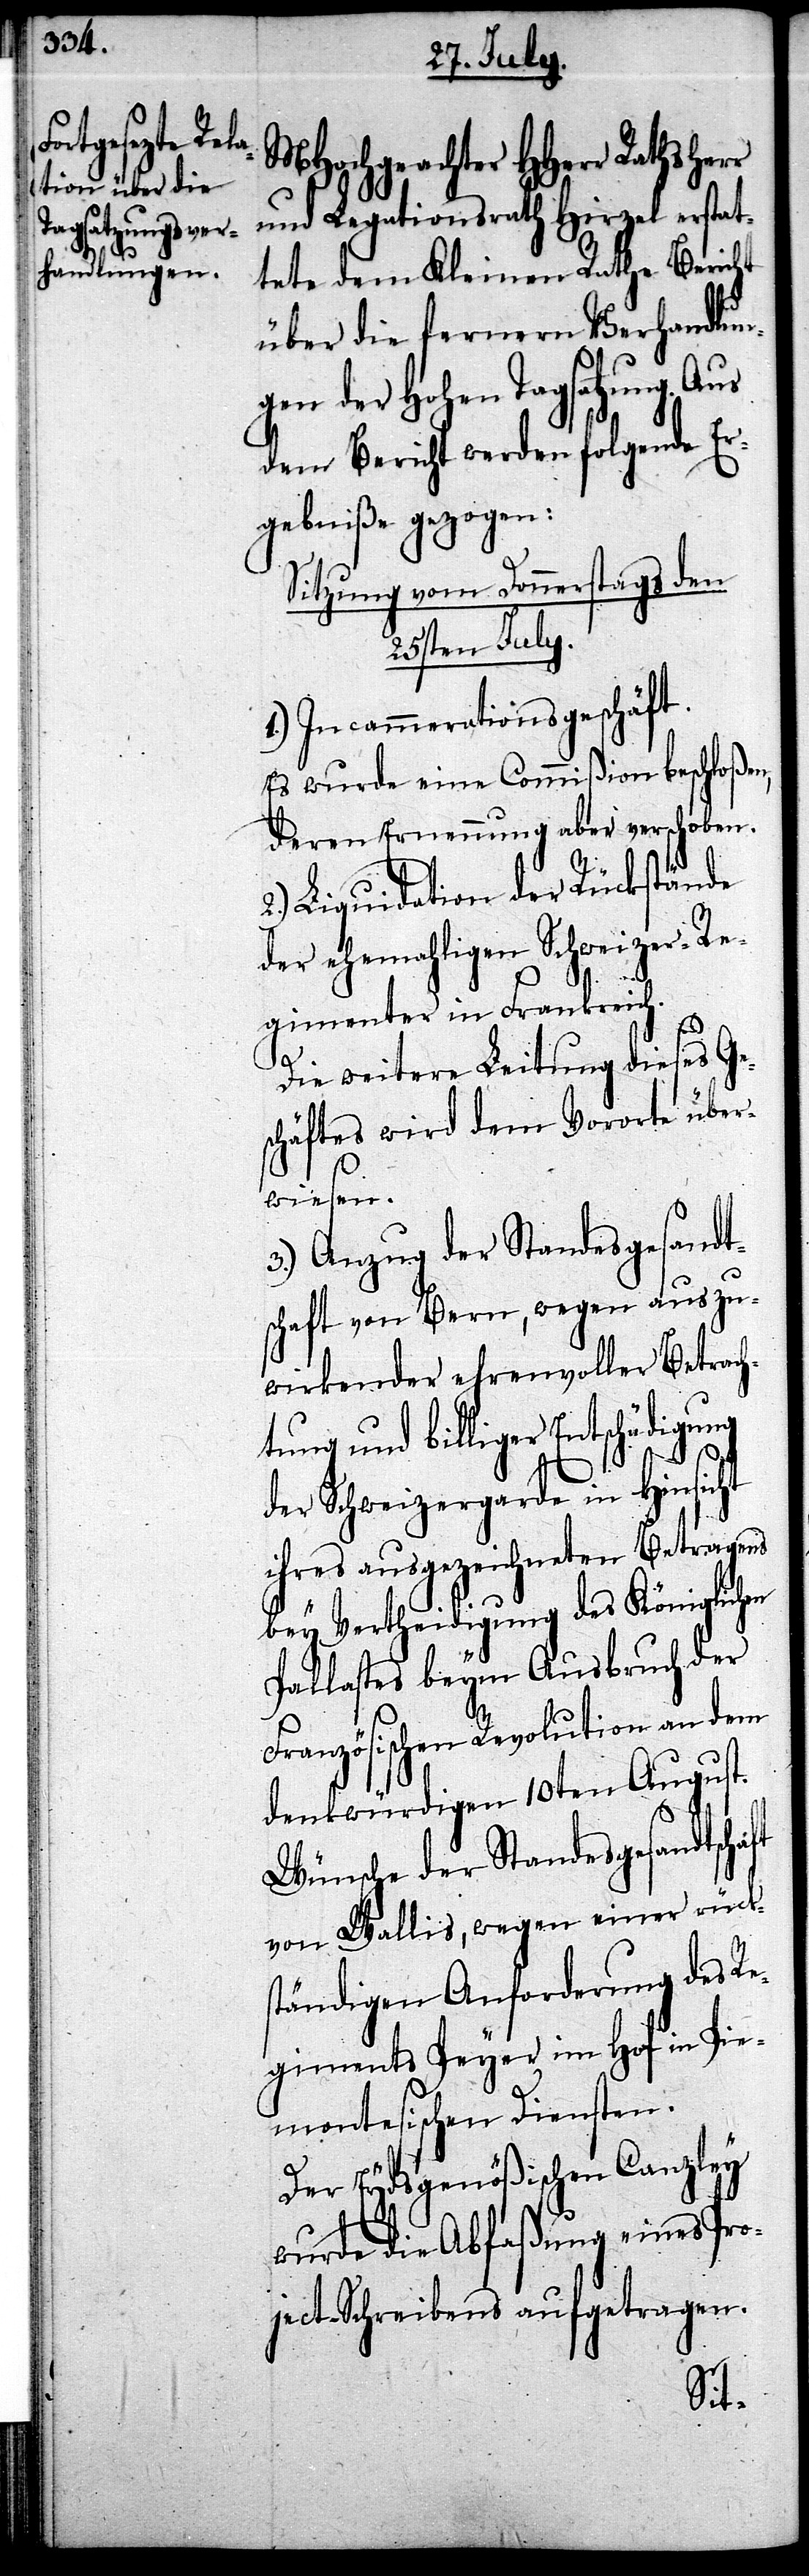
MHochgeachter HHerr Rathsherr
und Legationsrath Hirzel erstat¬
tete dem Kleinen Rathe Bericht
über die fernern Verhandlun¬
gen der Hohen Tagsatzung. Aus
dem Bericht werden folgende Er¬
gebniße gezogen:
Sitzung vom Donnerstags den
25sten July.
1.) Incammerationsgeschäft.
Es wurde eine Commißion beschloßen,
deren Ernennung aber verschoben.
2.) Liquidation der Rückstände
der ehemahligen Schweizer-Re¬
gimenter in Frankreich.
Die weitere Leitung dieses Ge¬
schäftes wird dem Vororte über¬
wiesen.
3.) Anzug der Standesgesandt¬
schaft von Bern, wegen auszu¬
wirkender ehrenvoller Betrach¬
tung und billiger Entschädigung
der Schweizergarde in Hinsicht
ihres ausgezeichneten Betragens
bey Vertheidigung des Königlichen
Pallastes beym Ausbruch der
Französischen Revolution an dem
denkwürdigen 10ten August.
Wünsche der Standesgesandtschaft
von Wallis, wegen einer rücks¬
tändigen Anforderung des Re¬
giments Peyer im Hof in Pie¬
montesischen Diensten.
Der Eydsgenößischen Canzley
wurde die Abfaßung eines Pro¬
ject-Schreibens aufgetragen.